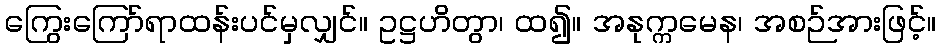
ကြွေးကြော်ရာထန်းပင်မှလျှင်။ ဥဋ္ဌဟိတွာ၊ ထ၍။ အနုက္ကမေန၊ အစဉ်အားဖြင့်။